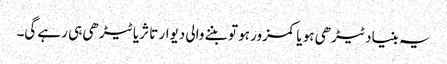
یہ بنیاد ٹیڑھی ہو یا کمزور ہو تو بننے والی دیوار تا ثریا ٹیڑھی ہی رہے گی۔